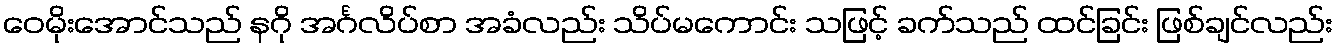
ဝေမိုးအောင်သည် နဂို အင်္ဂလိပ်စာ အခံလည်း သိပ်မကောင်း သဖြင့် ခက်သည် ထင်ခြင်း ဖြစ်ချင်လည်း